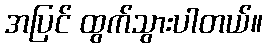
အပြင် ထွက်သွားပါတယ်။